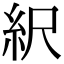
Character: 䋇